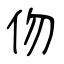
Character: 伆